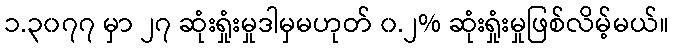
၁.၃၀၇၇ မှာ ၂၇ ဆုံးရှုံးမှုဒါမှမဟုတ် ၀.၂% ဆုံးရှုံးမှုဖြစ်လိမ့်မယ်။